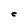
Character: C